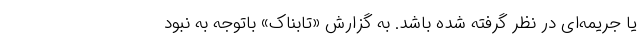
یا جریمه‌ای در نظر گرفته شده باشد. به گزارش «تابناک» باتوجه به نبود